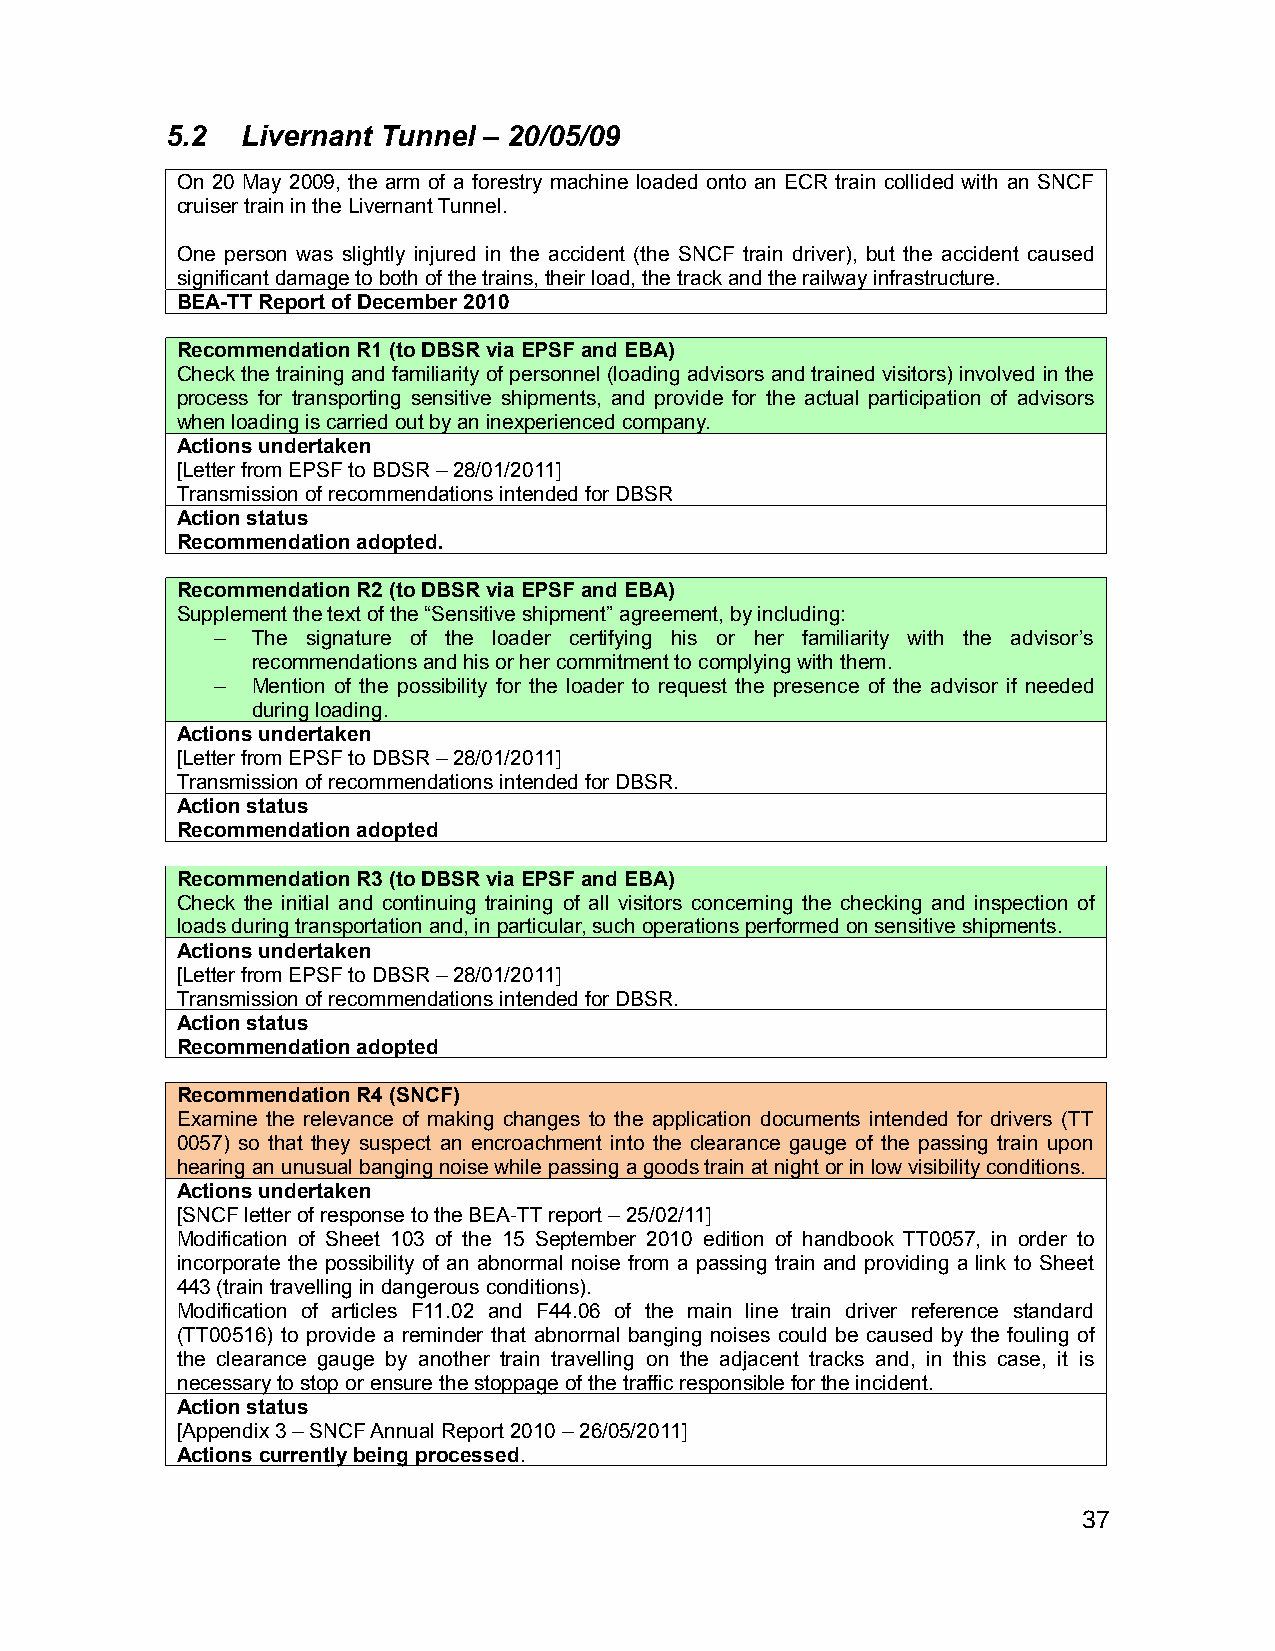
5.2  Livernant Tunnel – 20/05/09
 On 20 May 2009, the arm of a forestry machine loaded onto an ECR train collided with an SNCF
 cruiser train in the Livernant Tunnel.
 One person was slightly injured in the accident (the SNCF train driver), but the accident caused
 significant damage to both of the trains, their load, the track and the railway infrastructure.
 BEA-TT Report of December 2010
 Recommendation R1 (to DBSR via EPSF and EBA)
 Check the training and familiarity of personnel (loading advisors and trained visitors) involved in the
 process for transporting sensitive shipments, and provide for the actual participation of advisors
 when loading is carried out by an inexperienced company.
 Actions undertaken
 [Letter from EPSF to BDSR – 28/01/2011]
 Transmission of recommendations intended for DBSR
 Action status
 Recommendation adopted.
 Recommendation R2 (to DBSR via EPSF and EBA)
 Supplement the text of the “Sensitive shipment” agreement, by including:
 –  The signature of the loader certifying his or her familiarity with the advisor’s
 recommendations and his or her commitment to complying with them.
 –  Mention of the possibility for the loader to request the presence of the advisor if needed
 during loading.
 Actions undertaken
 [Letter from EPSF to DBSR – 28/01/2011]
 Transmission of recommendations intended for DBSR.
 Action status
 Recommendation adopted
 Recommendation R3 (to DBSR via EPSF and EBA)
 Check the initial and continuing training of all visitors concerning the checking and inspection of
 loads during transportation and, in particular, such operations performed on sensitive shipments.
 Actions undertaken
 [Letter from EPSF to DBSR – 28/01/2011]
 Transmission of recommendations intended for DBSR.
 Action status
 Recommendation adopted
 Recommendation R4 (SNCF)
 Examine the relevance of making changes to the application documents intended for drivers (TT
 0057) so that they suspect an encroachment into the clearance gauge of the passing train upon
 hearing an unusual banging noise while passing a goods train at night or in low visibility conditions.
 Actions undertaken
 [SNCF letter of response to the BEA-TT report – 25/02/11]
 Modification of Sheet 103 of the 15 September 2010 edition of handbook TT0057, in order to
 incorporate the possibility of an abnormal noise from a passing train and providing a link to Sheet
 443 (train travelling in dangerous conditions).
 Modification of articles F11.02 and F44.06 of the main line train driver reference standard
 (TT00516) to provide a reminder that abnormal banging noises could be caused by the fouling of
 the clearance gauge by another train travelling on the adjacent tracks and, in this case, it is
 necessary to stop or ensure the stoppage of the traffic responsible for the incident.
 Action status
 [Appendix 3 – SNCF Annual Report 2010 – 26/05/2011]
 Actions currently being processed.
 37